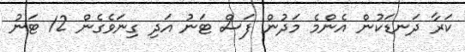
ކަރާ ދަނޑަކުން އެންމެ މަދުން ފަސް ޓަނު އަދި ގިނަވެގެން 12 ޓަނު